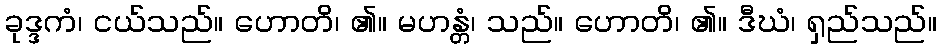
ခုဒ္ဒကံ၊ ငယ်သည်။ ဟောတိ၊ ၏။ မဟန္တံ၊ သည်။ ဟောတိ၊ ၏။ ဒီဃံ၊ ရှည်သည်။